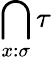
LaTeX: \bigcap_{x:\sigma}\tau